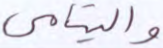
واليتامى